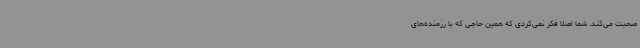
صحبت می‌کند. شما اصلاً فکر نمی‌کردی که همین حاجی که با رزمنده‌های